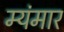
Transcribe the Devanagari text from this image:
म्यंमार